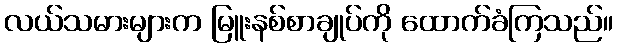
လယ်သမားများက မြူးနစ်စာချုပ်ကို ထောက်ခံကြသည်။